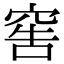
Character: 窖